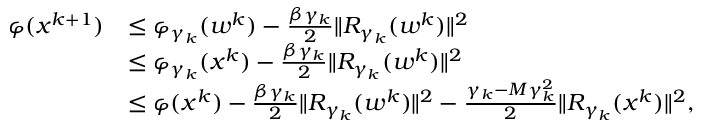
\begin{array} { r l } { \varphi ( x ^ { k + 1 } ) } & { \le \varphi _ { \gamma _ { k } } ( w ^ { k } ) - \frac { \beta \gamma _ { k } } { 2 } \| R _ { \gamma _ { k } } ( w ^ { k } ) \| ^ { 2 } } \\ & { \le \varphi _ { \gamma _ { k } } ( x ^ { k } ) - \frac { \beta \gamma _ { k } } { 2 } \| R _ { \gamma _ { k } } ( w ^ { k } ) \| ^ { 2 } } \\ & { \le \varphi ( x ^ { k } ) - \frac { \beta \gamma _ { k } } { 2 } \| R _ { \gamma _ { k } } ( w ^ { k } ) \| ^ { 2 } - \frac { \gamma _ { k } - M \gamma _ { k } ^ { 2 } } { 2 } \| R _ { \gamma _ { k } } ( x ^ { k } ) \| ^ { 2 } , } \end{array}